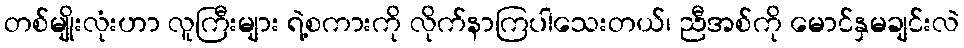
တစ်မျိုးလုံးဟာ လူကြီးများ ရဲ့စကားကို လိုက်နာကြပါသေးတယ်၊ ညီအစ်ကို မောင်နှမချင်းလဲ